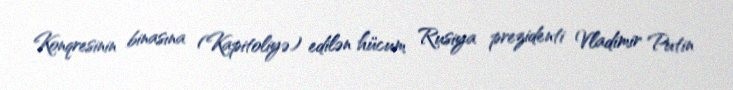
Konqresinin binasına (Kapitoliyə) edilən hücum Rusiya prezidenti Vladimir Putin